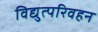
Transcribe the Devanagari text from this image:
विद्युत्परिवहन